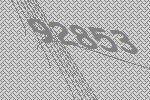
92853